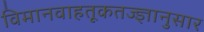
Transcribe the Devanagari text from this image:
विमानवाहतूकतज्ज्ञानुसार